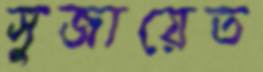
সুজায়েত